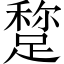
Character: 𨃾